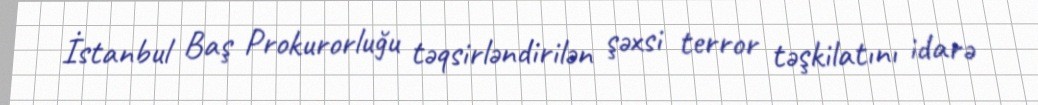
İstanbul Baş Prokurorluğu təqsirləndirilən şəxsi terror təşkilatını idarə